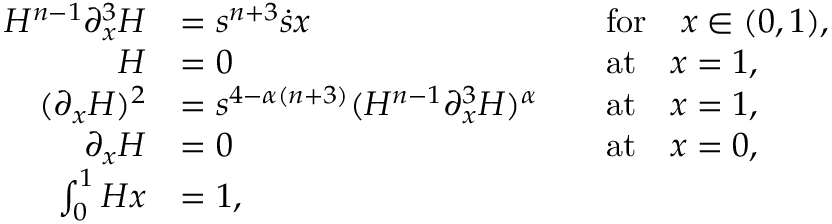
\begin{array} { r l r l } { H ^ { n - 1 } \partial _ { x } ^ { 3 } H } & { = s ^ { n + 3 } \dot { s } x } & & { \mathrm { f o r } \quad x \in ( 0 , 1 ) , } \\ { H } & { = 0 } & & { \mathrm { a t } \quad x = 1 , } \\ { ( \partial _ { x } H ) ^ { 2 } } & { = s ^ { 4 - \alpha ( n + 3 ) } ( H ^ { n - 1 } \partial _ { x } ^ { 3 } H ) ^ { \alpha } } & & { \mathrm { a t } \quad x = 1 , } \\ { \partial _ { x } H } & { = 0 } & & { \mathrm { a t } \quad x = 0 , } \\ { \int _ { 0 } ^ { 1 } H \d x } & { = 1 , } & & { } \end{array}